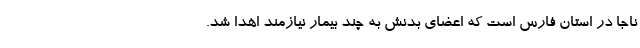
ناجا در استان فارس است که اعضای بدنش به چند بیمار نیازمند اهدا شد.